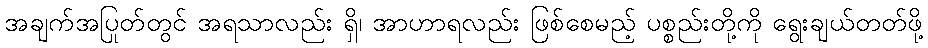
အချက်အပြုတ်တွင် အရသာလည်း ရှိ၊ အာဟာရလည်း ဖြစ်စေမည့် ပစ္စည်းတို့ကို ရွေးချယ်တတ်ဖို့